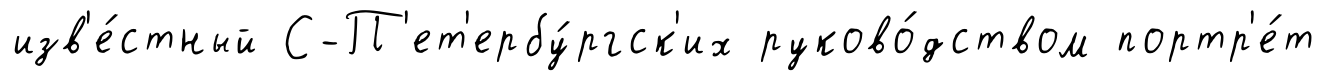
изв'е́стный С-П'ет'ербу́ргск'их руково́дством портр'е́т